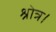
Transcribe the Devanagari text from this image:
श्रोत्र।